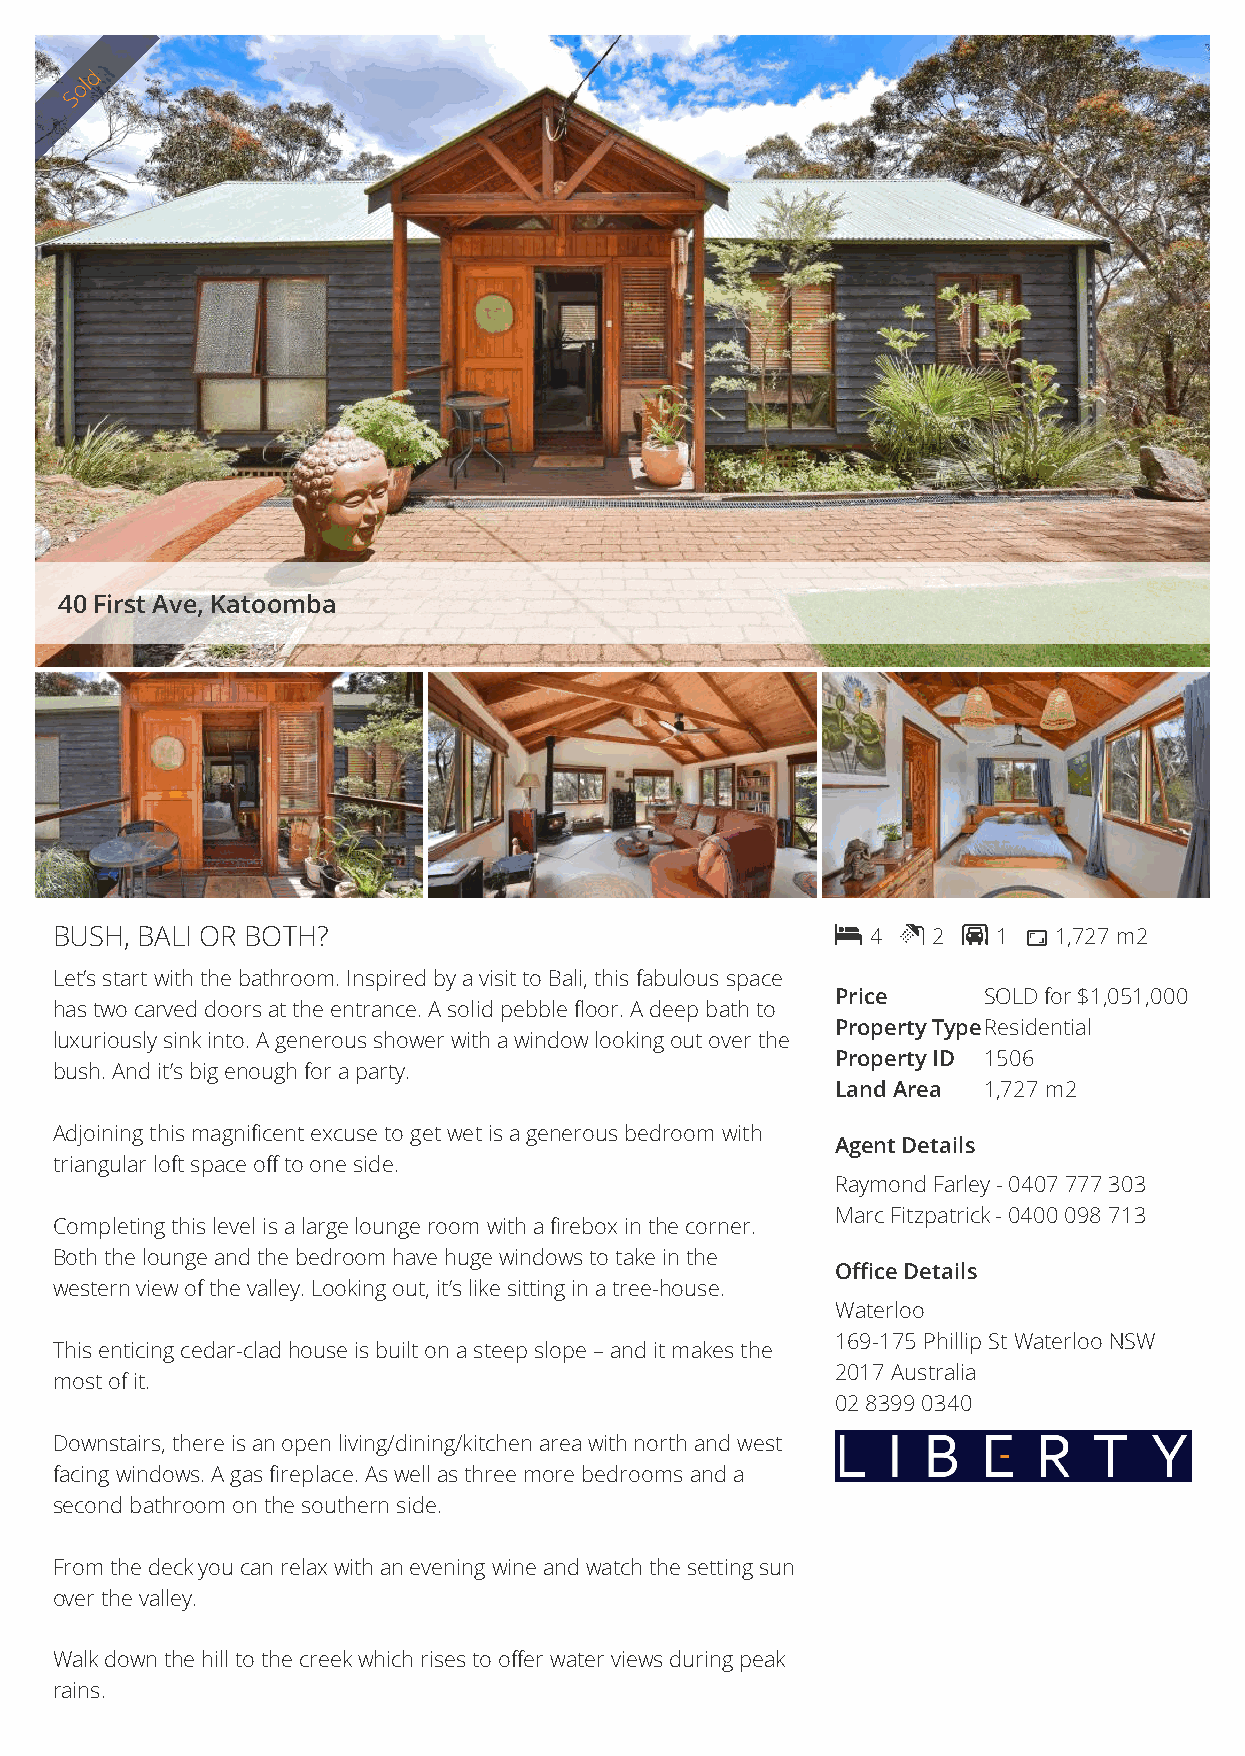
d
 ol
 S
 40 First Ave, Katoomba
 BUSH, BALI OR BOTH?                                   4  2  1  1,727 m2
 Let’s start with the bathroom. Inspired by a visit to Bali, this fabulous space
 Price     SOLD for $1,051,000
 has two carved doors at the entrance. A solid pebble floor. A deep bath to
 Property TypeResidential
 luxuriously sink into. A generous shower with a window looking out over the
 Property ID 1506
 bush. And it’s big enough for a party.
 Land Area 1,727 m2
 Adjoining this magnificent excuse to get wet is a generous bedroom with
 Agent Details
 triangular loft space off to one side.
 Raymond Farley - 0407 777 303
 Marc Fitzpatrick - 0400 098 713
 Completing this level is a large lounge room with a firebox in the corner.
 Both the lounge and the bedroom have huge windows to take in the
 Office Details
 western view of the valley. Looking out, it’s like sitting in a tree-house.
 Waterloo
 169-175 Phillip St Waterloo NSW
 This enticing cedar-clad house is built on a steep slope – and it makes the
 2017 Australia
 most of it.
 02 8399 0340
 Downstairs, there is an open living/dining/kitchen area with north and west
 facing windows. A gas fireplace. As well as three more bedrooms and a
 second bathroom on the southern side.
 From the deck you can relax with an evening wine and watch the setting sun
 over the valley.
 Walk down the hill to the creek which rises to offer water views during peak
 rains.